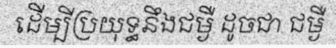
ដើម្បីប្រយុទ្ធនឹងជម្ងឺ ដូចជា ជម្ងឺ